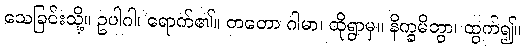
သေခြင်းသို့။ ဥပါဂါ၊ ရောက်၏။ တတော ဂါမာ၊ ထိုရွာမှ။ နိက္ခမိတွာ၊ ထွက်၍။